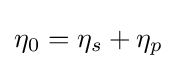
\eta _{0}=\eta _{s}+\eta _{p}